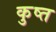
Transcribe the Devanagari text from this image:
कुष्त